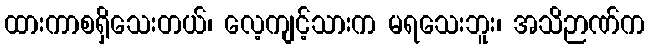
ထားကာစရှိသေးတယ်၊ လေ့ကျင့်သားက မရသေးဘူး၊ အသိဉာဏ်က